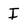
Character: I